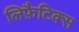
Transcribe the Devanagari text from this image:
लिफ़ैटिक्स